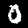
Digit: 0